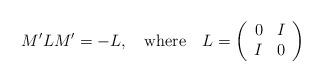
LaTeX: \begin{align*} M'LM' = - L, \quad {\rm where} \quad L = \left( \begin{array}{cc} 0 & I \\ I & 0\end{array} \right)\end{align*}